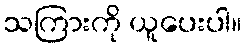
သကြားကို ယူပေးပါ။